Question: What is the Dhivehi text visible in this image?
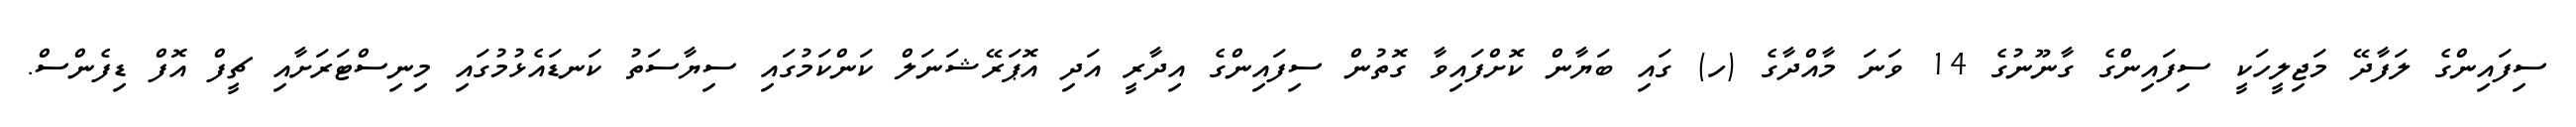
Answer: ސިފައިންގެ ލަފާދޭ މަޖިލީހަކީ ސިފައިންގެ ގާނޫނުގެ 14 ވަނަ މާއްދާގެ (ހ) ގައި ބަޔާން ކޮށްފައިވާ ގޮތުން ސިފައިންގެ އިދާރީ އަދި އޮޕަރޭޝަނަލް ކަންކަމުގައި ސިޔާސަތު ކަނޑައެޅުމުގައި މިނިސްޓަރަށާއި ޗީފް އޮފް ޑިފެންސް.